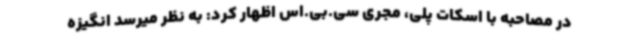
در مصاحبه با اسکات پلی، مجری سی.بی.اس اظهار کرد: به نظر میرسد انگیزه